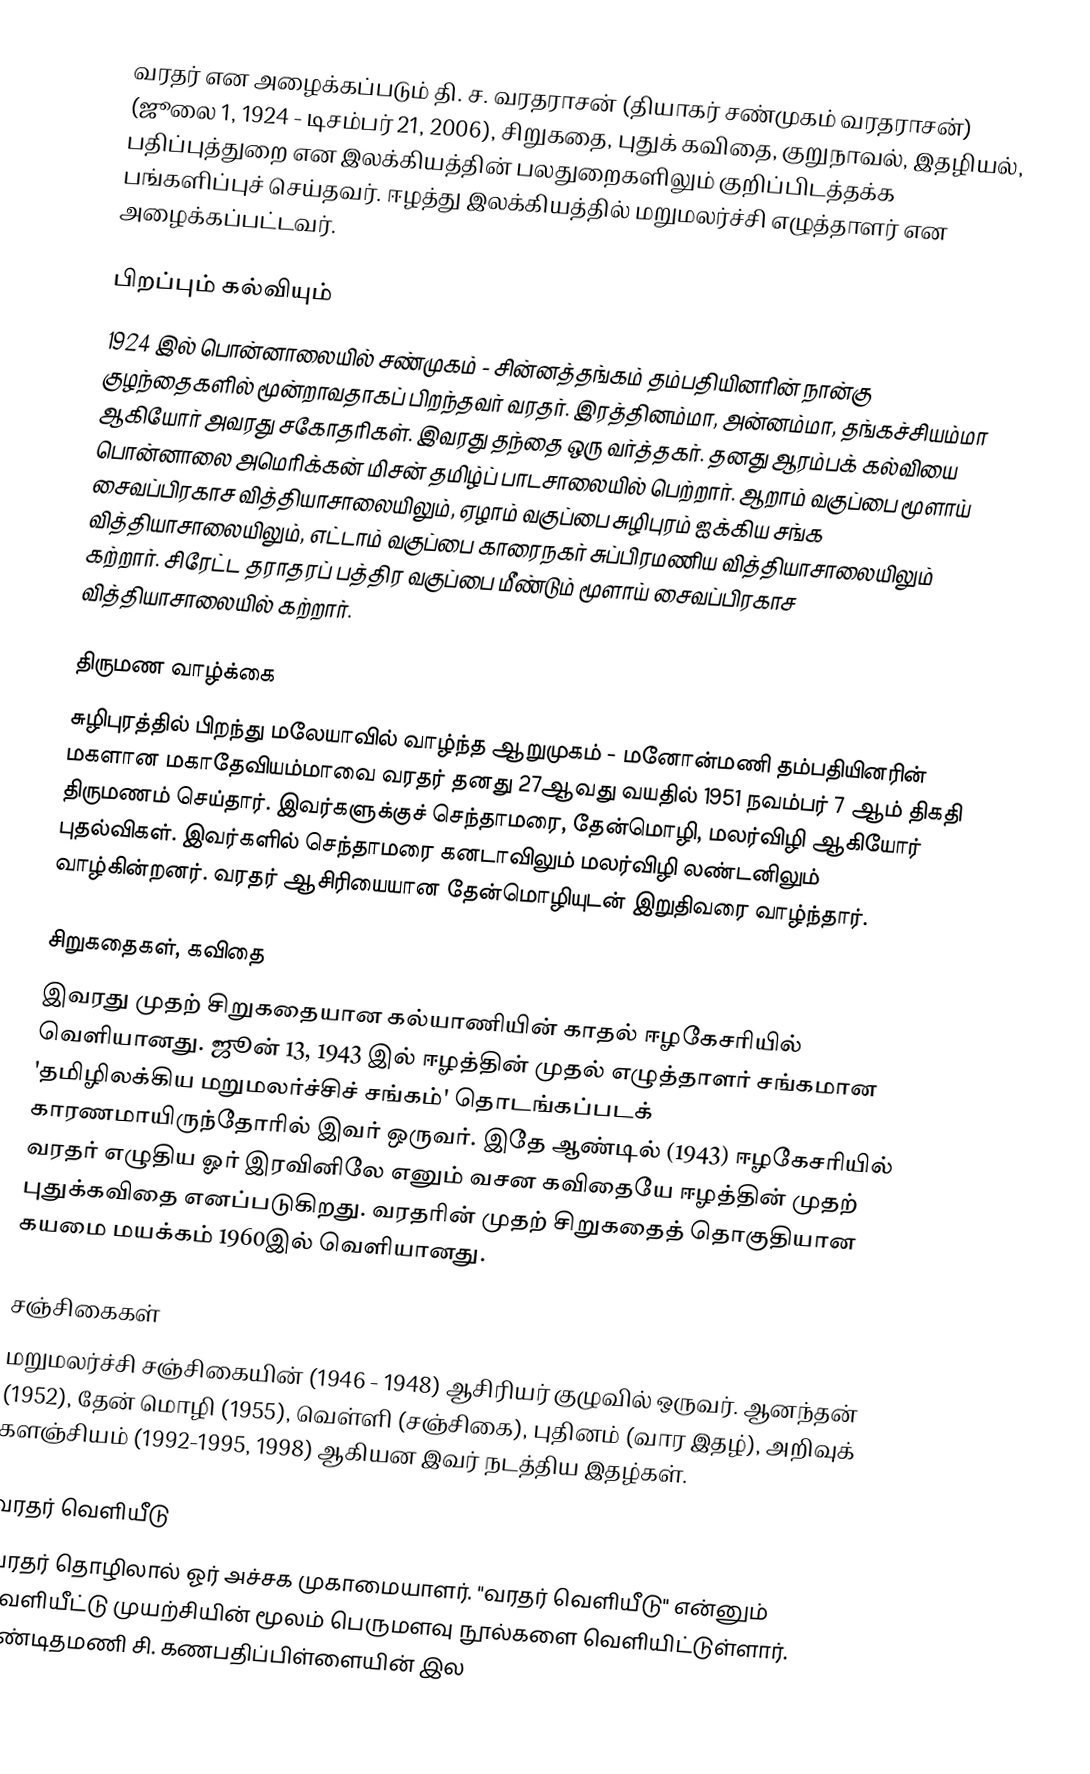
வரதர் என அழைக்கப்படும் தி. ச. வரதராசன் (தியாகர் சண்முகம் வரதராசன்) (ஜூலை 1, 1924 - டிசம்பர் 21, 2006), சிறுகதை, புதுக் கவிதை, குறுநாவல், இதழியல், பதிப்புத்துறை என இலக்கியத்தின் பலதுறைகளிலும் குறிப்பிடத்தக்க பங்களிப்புச் செய்தவர். ஈழத்து இலக்கியத்தில் மறுமலர்ச்சி எழுத்தாளர் என அழைக்கப்பட்டவர்.

பிறப்பும் கல்வியும்
1924 இல் பொன்னாலையில் சண்முகம் - சின்னத்தங்கம் தம்பதியினரின் நான்கு குழந்தைகளில் மூன்றாவதாகப் பிறந்தவர் வரதர். இரத்தினம்மா, அன்னம்மா, தங்கச்சியம்மா ஆகியோர் அவரது சகோதரிகள். இவரது தந்தை ஒரு வர்த்தகர். தனது ஆரம்பக் கல்வியை பொன்னாலை அமெரிக்கன் மிசன் தமிழ்ப் பாடசாலையில் பெற்றார். ஆறாம் வகுப்பை மூளாய் சைவப்பிரகாச வித்தியாசாலையிலும், ஏழாம் வகுப்பை சுழிபுரம் ஐக்கிய சங்க வித்தியாசாலையிலும், எட்டாம் வகுப்பை காரைநகர் சுப்பிரமணிய வித்தியாசாலையிலும் கற்றார். சிரேட்ட தராதரப் பத்திர வகுப்பை மீண்டும் மூளாய் சைவப்பிரகாச வித்தியாசாலையில் கற்றார்.

திருமண வாழ்க்கை
சுழிபுரத்தில் பிறந்து மலேயாவில் வாழ்ந்த ஆறுமுகம் - மனோன்மணி தம்பதியினரின் மகளான மகாதேவியம்மாவை வரதர் தனது 27ஆவது வயதில் 1951 நவம்பர் 7 ஆம் திகதி திருமணம் செய்தார். இவர்களுக்குச் செந்தாமரை, தேன்மொழி, மலர்விழி ஆகியோர் புதல்விகள். இவர்களில் செந்தாமரை கனடாவிலும் மலர்விழி லண்டனிலும் வாழ்கின்றனர். வரதர் ஆசிரியையான தேன்மொழியுடன் இறுதிவரை வாழ்ந்தார்.

சிறுகதைகள், கவிதை
இவரது முதற் சிறுகதையான கல்யாணியின் காதல் ஈழகேசரியில் வெளியானது. ஜூன் 13, 1943 இல் ஈழத்தின் முதல் எழுத்தாளர் சங்கமான 'தமிழிலக்கிய மறுமலர்ச்சிச் சங்கம்'  தொடங்கப்படக் காரணமாயிருந்தோரில் இவர் ஒருவர். இதே ஆண்டில் (1943) ஈழகேசரியில் வரதர் எழுதிய ஓர் இரவினிலே எனும் வசன கவிதையே ஈழத்தின் முதற் புதுக்கவிதை எனப்படுகிறது. வரதரின் முதற் சிறுகதைத் தொகுதியான கயமை மயக்கம் 1960இல் வெளியானது.

சஞ்சிகைகள்
மறுமலர்ச்சி சஞ்சிகையின் (1946 - 1948) ஆசிரியர் குழுவில் ஒருவர். ஆனந்தன் (1952), தேன் மொழி (1955), வெள்ளி (சஞ்சிகை), புதினம் (வார இதழ்), அறிவுக் களஞ்சியம் (1992-1995, 1998) ஆகியன இவர் நடத்திய இதழ்கள்.

வரதர் வெளியீடு
வரதர் தொழிலால் ஓர் அச்சக முகாமையாளர். "வரதர் வெளியீடு" என்னும் வெளியீட்டு முயற்சியின் மூலம் பெருமளவு நூல்களை வெளியிட்டுள்ளார். பண்டிதமணி சி. கணபதிப்பிள்ளையின் இல